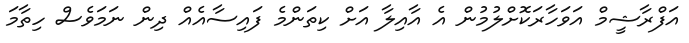
އަފްރާޝީމް އަވަހާރަކޮށްލުމުން އެ އާއިލާ އަށް ކިތަންމެ ފައިސާއެއް ދިން ނަމަވެސް ހިތާމަ